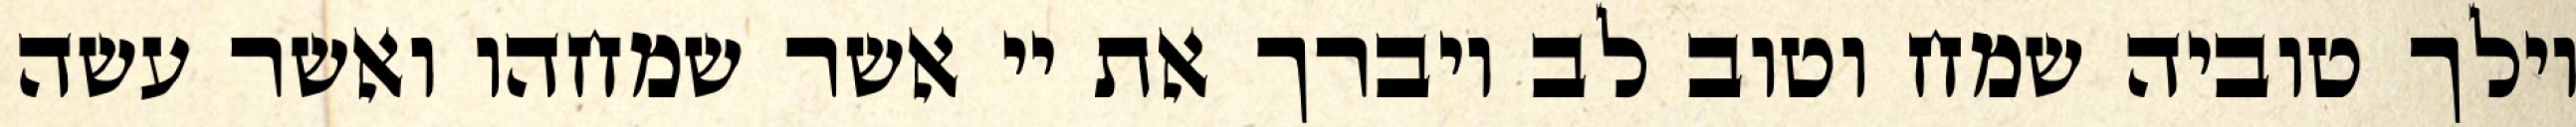
וילך טוביה שמח וטוב לב ויברך את יי אשר שמחהו ואשר עשה